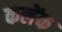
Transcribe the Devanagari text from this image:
कलेंक